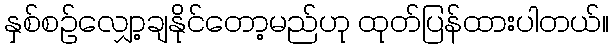
နှစ်စဉ်လျှော့ချနိုင်တော့မည်ဟု ထုတ်ပြန်ထားပါတယ်။